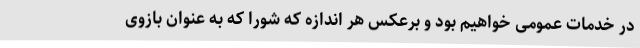
در خدمات عمومی خواهیم بود و برعکس هر اندازه که شورا که به عنوان بازوی